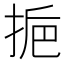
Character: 𢬯